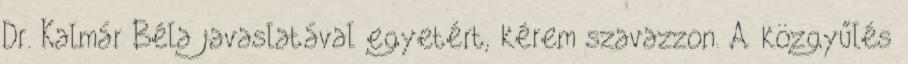
Dr. Kalmár Béla javaslatával egyetért, kérem szavazzon. A közgyűlés